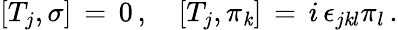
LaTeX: \left[T_{j},\sigma\right]\, =\, 0\, ,\quad\left[T_{j},\pi_{\mathit{k}}\right]\, =\, i\, \epsilon_{j\mathit{k}l}\pi_{l}\, .